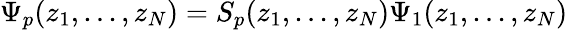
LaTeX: \Psi_{p}(z_{1},...,z_{N})=S_{p}(z_{1},...,z_{N})\Psi_{1}(z_{1},...,z_{N})